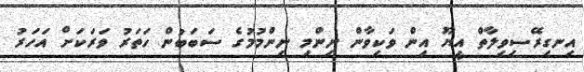
އިނގިރޭސިވިލާތް އީޔޫ އިން ވަކިވާން ނިންމި ނިންމުމުގެ ސަބަބުން ހަތަރު ވަރަކަށް އަހަރު